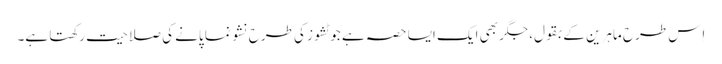
اِس طرح ماہرین کے بقول، جگر بھی ایک ایسا حصہ ہے جو ٹشوز کی طرح نشو نما پانے کی صلاحیت رکھتا ہے۔